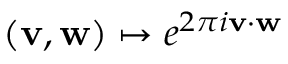
( \mathbf { v } , \mathbf { w } ) \mapsto e ^ { 2 \pi { i } { \mathbf { v } } \cdot { \mathbf { w } } }